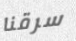
سرقنا